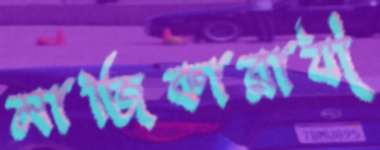
মাজিকারাযী